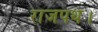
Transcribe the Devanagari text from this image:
राजपथ।